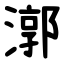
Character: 漷